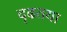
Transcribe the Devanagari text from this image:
दृढतया